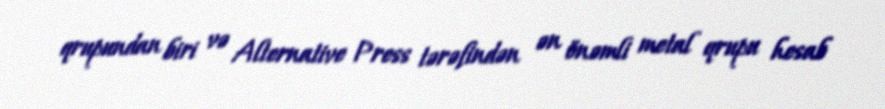
qrupundan biri və Alternative Press tərəfindən ən önəmli metal qrupu hesab